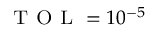
\textsc { T O L } = 1 0 ^ { - 5 }